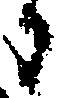
日